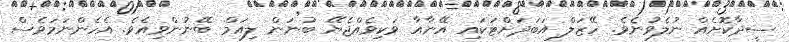
ސީދާކޮށެއް ނުލެވުނެވެ. ހޭޒަލް އަބަދަށްޓަކައި އޭނާއާ ވަކިވެއްޖެޔޭ ބުނަން ލިއަމް ބޭނުންވިއެވެ. އެހެންނަމަވެސް